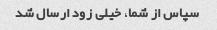
سپاس از شما، خیلی زود ارسال شد